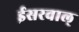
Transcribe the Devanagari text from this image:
ईसरवाल्